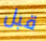
قبل